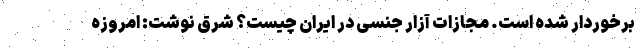
برخوردار شده است. مجازات آزار جنسی در ایران چیست؟ شرق نوشت: امروزه